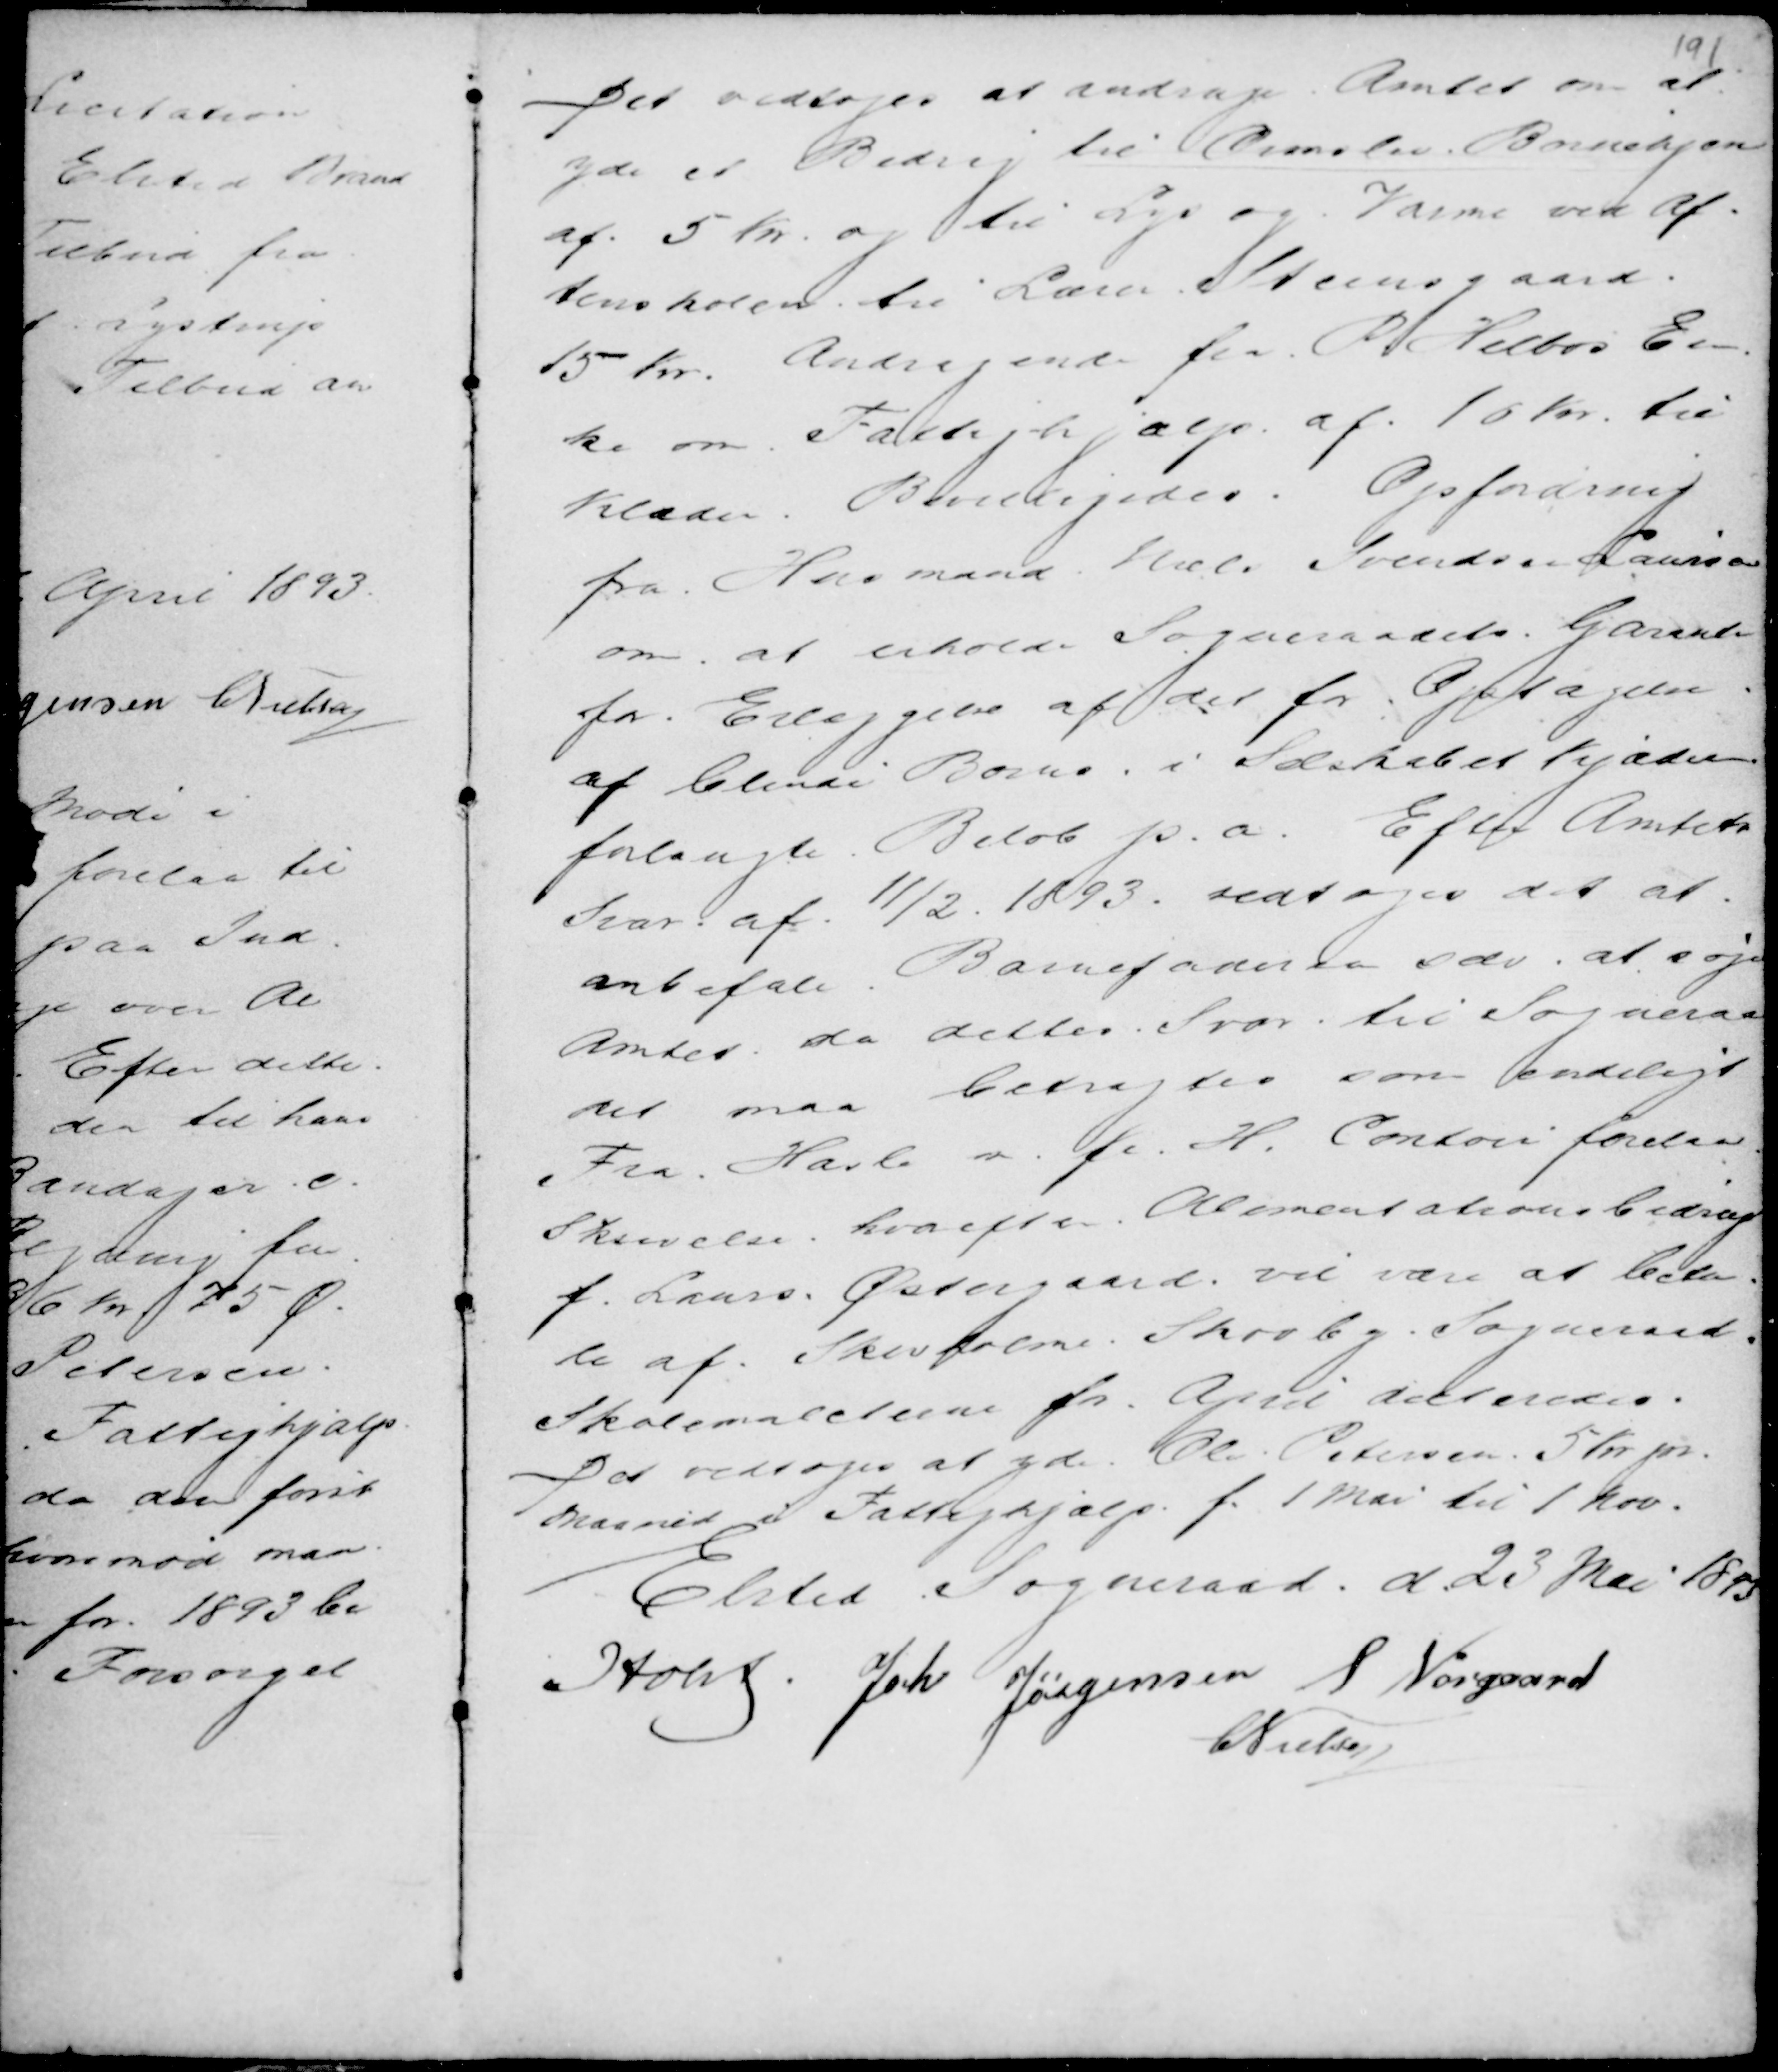
Transskription:
Det vedtoges at andrage Amtet om at
yde et Bidrag til Ormslev Børnehjem
af 5 Kr. og til Lys og Varme ved Af
tenskolen til Lærer Steensgaard.
15 Kr. Andragende fra P Helbos En-
ke om Fattighjælp af 10 Kr. til
Klæder. Bevilligedes. Opfordring
fra Husmand Niels Svendsen Laursen
om at erholde Sogneraadets Garanti
for. Erlæggelse af det for Optagelsen
af blinde Børns i Selskabet Kjæden
forlangte Beløb p.a. Efter Amtets
Svar af 11/2 1893. vedtoges det at
anbefale. Barnefaderen selv at søge
Amtet, da dettes Svar til Sogneraa
det maa betragtes som endeligt.
Fra Hasle m.fl. H. Contoer forelaa
Skrivelse hvorefter Alimentationsbidrag
f. Laurs Østergaard vil være at beta
le af Skivholme - Skovby Sogneraad.
Skolemulcterne for April dikteredes.
Det vedtoges at yde Ole Petersen 5 Kr pr.
Maaned i Fattighjælp f. 1 Mai til 1 Nov
Elsted Sogneraad d 23 Mai 1893
Holst .
Joh Jørgensen S Nørgaard
C Nielsen